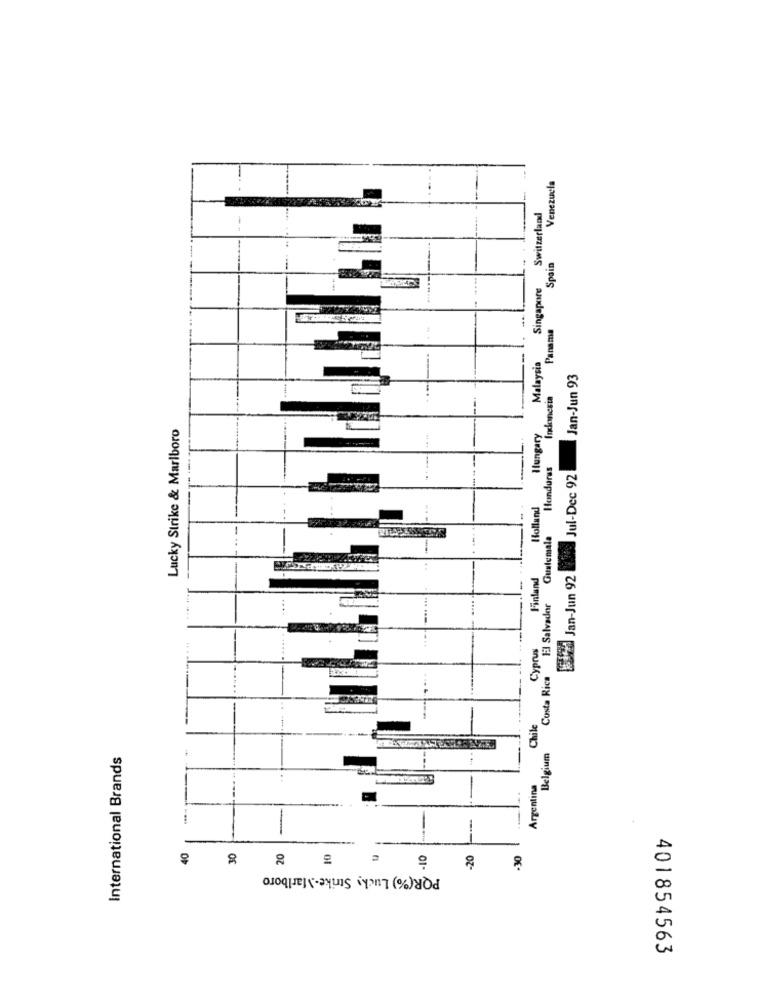
Venezuela
Switzerland
Spain
Singapore
Panama
Malaysia
Jan-Jun 93
-
Indonesia
Lucky Strike & Marlboro
Hungary
Honduras
Wed Jan-Jun 92 083 Jul-Dec 92
Holland
Guatemala
Finland
El Salvador
Cyprus
Costa Rica
Chile
International Brands
Belgium
Argentina
-
40
30
20
.10
-20
.30
PQR(%) Lucky Strike-Marlboro
401854563